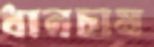
ধানচাষ